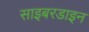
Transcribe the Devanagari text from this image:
साइबरडाइन